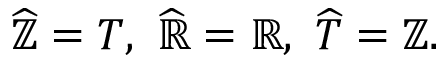
{ \widehat { \mathbb { Z } } } = T , \ { \widehat { \mathbb { R } } } = \mathbb { R } , \ { \widehat { T } } = \mathbb { Z } .